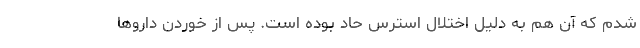
شدم که آن هم به دلیل اختلال استرس حاد بوده است. پس از خوردن دارو‌ها